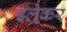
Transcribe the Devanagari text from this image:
इल्रेकर